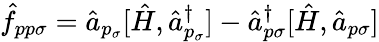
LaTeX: \hat{f}_{pp\sigma}=\hat{a}_{p_{\sigma}}[\hat{H},\hat{a}_{p_{\sigma}}^{\dagger}]-\hat{a}_{p\sigma}^{\dagger}[\hat{H},\hat{a}_{p\sigma}]